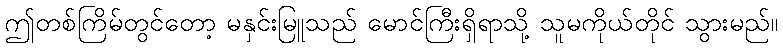
ဤတစ်ကြိမ်တွင်တော့ မနှင်းမြူသည် မောင်ကြီးရှိရာသို့ သူမကိုယ်တိုင် သွားမည်။